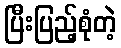
ပြီးပြည့်စုံတဲ့